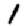
Digit: 1